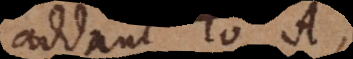
addunt το A,